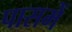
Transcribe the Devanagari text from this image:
पासमें